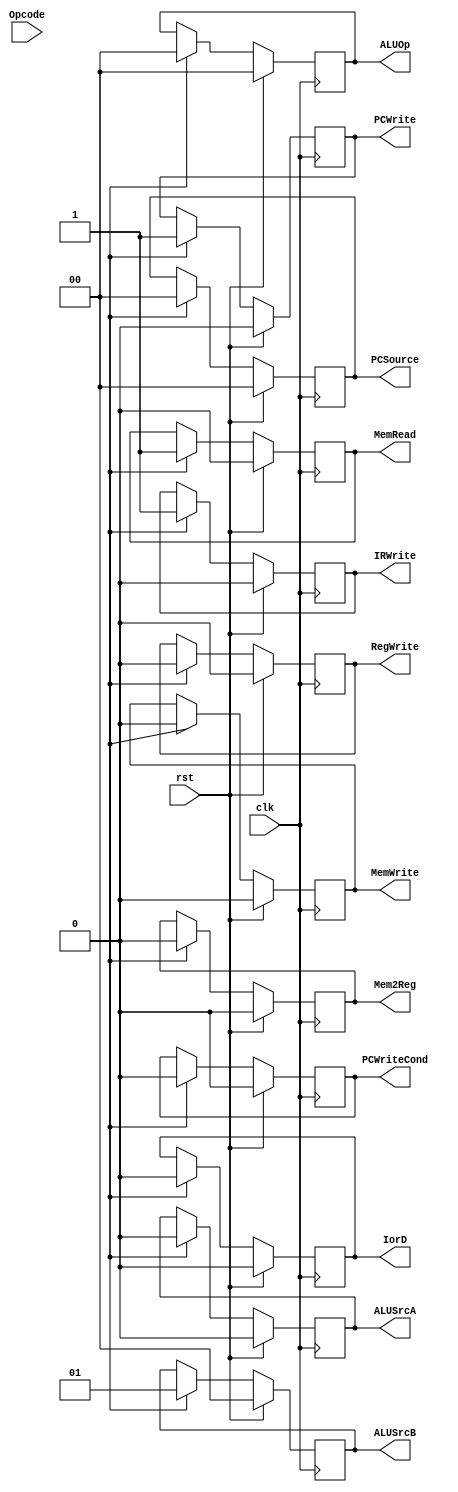
module CONTROL(input [6:0] Opcode, input clk, rst, 
    output reg [1:0] PCSource, ALUOp, ALUSrcB, 
    output reg PCWriteCond, PCWrite, IorD, MemRead, MemWrite,
        Mem2Reg, IRWrite, ALUSrcA, RegWrite);
        
        
    integer Step;
    
    always@(posedge clk)
    if(rst) begin 
        {PCSource, ALUOp, ALUSrcB,PCWriteCond, PCWrite, IorD, 
            MemRead, MemWrite, Mem2Reg, IRWrite, ALUSrcA, RegWrite} = 0;
        Step <= 1;
    end
    else begin
        if (step == 1)
	    begin
                PCSource = 0;
                ALUOp = 0;
                ALUSrcA = 0;
                ALUSrcB = 1;
                PCWriteCond = 0;
                PCWrite = 1;
                IorD = 0;
                MemRead = 1;
                MemWrite = 0;
                Mem2Reg = 0;
                IRWrite = 1;
                RegWrite = 0;
            end
        else if (step ===2)
	    begin
                ALUSrcB = 2;
                PCWrite = 0;
                MemRead = 0;
                IRWrite = 0;
            end
        else if (step ===3)
	    casex(Opcode[6:4])
                3'b0?0: begin
                    ALUSrcA = 1;
                    ALUSrcB = 2;
                    ALUOp = 0;
                end
                3'b011: begin
                    ALUSrcA = 1;
                    ALUSrcB = 0;
                    ALUOp = 2;
                end
                3'b110: begin
                    PCSource = 1;
                    PCWriteCond = 1;
                    ALUSrcA = 1;
                    ALUSrcB = 0;
                    ALUOp = 1;
                end
            endcase
        else if (step ===4)
	    casex(Opcode[6:4])
                3'b000: begin
                    MemRead = 1;
                    IorD = 1;
                end
                3'b010: begin
                    MemWrite = 1;
                    IorD = 1;
                end
                3'b011: begin
                    RegWrite = 1;
                    Mem2Reg = 0;
                end
            endcase
        else if (step ===5)
	    if(Opcode[6:4] == 3'b000) begin
                RegWrite = 1;
                Mem2Reg = 1;
            end


        if (Step == 5) Step <= 1;
        else Step <= Step + 1;
    end
    
endmodule